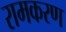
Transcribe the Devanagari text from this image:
रामकरण